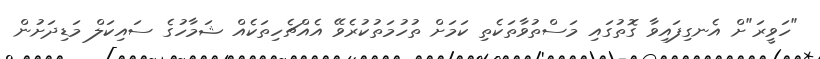
"ހަވީރަ"ށް އެނގިފައިވާ ގޮތުގައި މަސްތުވާތަކެތި ކަމަށް ތުހުމަތުކުރެވޭ އެއްޗެހިތަކެއް ޝަމާހުގެ ސައިކަލް މަޑިދަށުން